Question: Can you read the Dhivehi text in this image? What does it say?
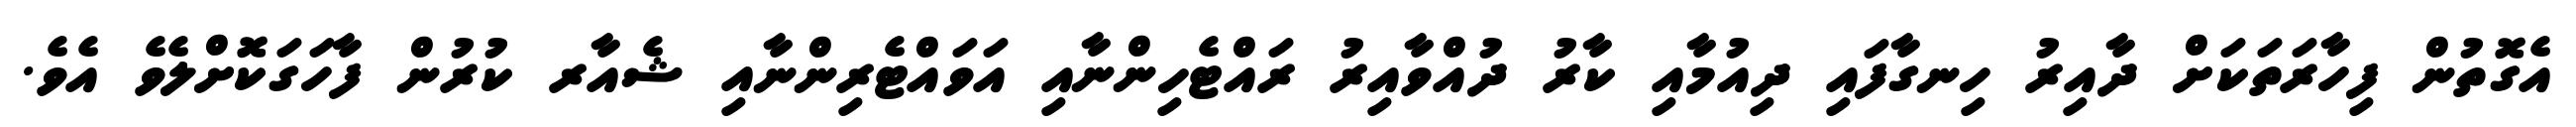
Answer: އެގޮތުން ފިހާރަތަކަށް ދާއިރު ހިނގާފައި ދިއުމާއި ކާރު ދުއްވާއިރު ރައްޓެހިންނާއި އަވައްޓެރިންނާއި ޝެއާރ ކުރުން ފާހަގަކޮށްލެވެ އެވެ.